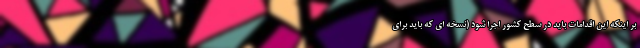
بر اینکه این اقدامات باید در سطح کشور اجرا شود (نسخه ای که باید برای